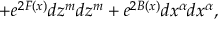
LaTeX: + e ^ { 2 F ( x ) } d z ^ { m } d z ^ { m } + e ^ { 2 B ( x ) } d x ^ { \alpha } d x ^ { \alpha } ,